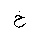
Letter: _kha